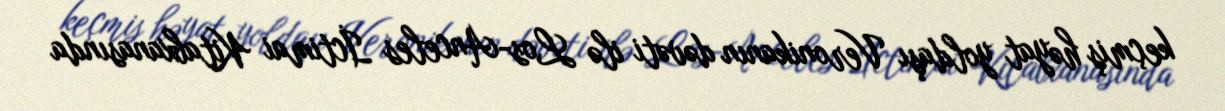
keçmiş həyat yoldaşı Veronikanın dəvəti ilə Los-Anceles İctimai Kitabxanasında